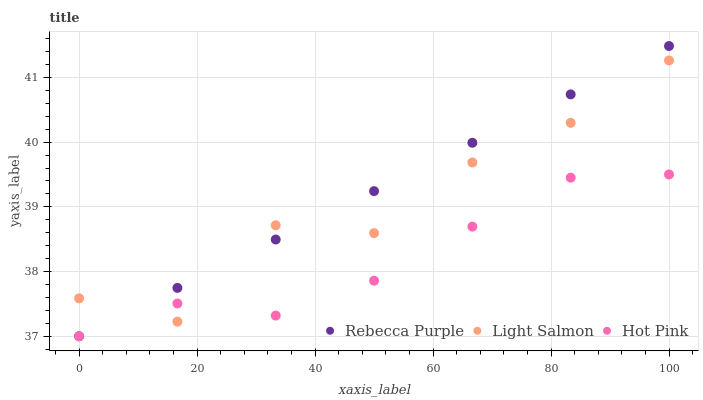
| xaxis_label | Rebecca Purple | Light Salmon | Hot Pink |
 | --- | --- | --- | --- |
 | 0 | 37 | 37.6 | 37 |
 | 16.7 | 37.7 | 37.2 | 37.5 |
 | 33.3 | 38.5 | 38.7 | 37.3 |
 | 50 | 39.2 | 38.6 | 37.9 |
 | 66.7 | 40 | 39.7 | 38.7 |
 | 83.3 | 40.7 | 40.3 | 39.5 |
 | 100 | 41.5 | 41.3 | 39.5 |